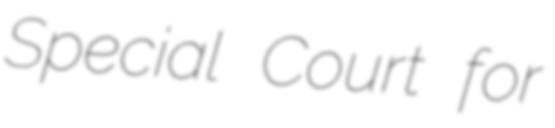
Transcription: Special Court for